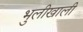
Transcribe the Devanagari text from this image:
भुलीखाली